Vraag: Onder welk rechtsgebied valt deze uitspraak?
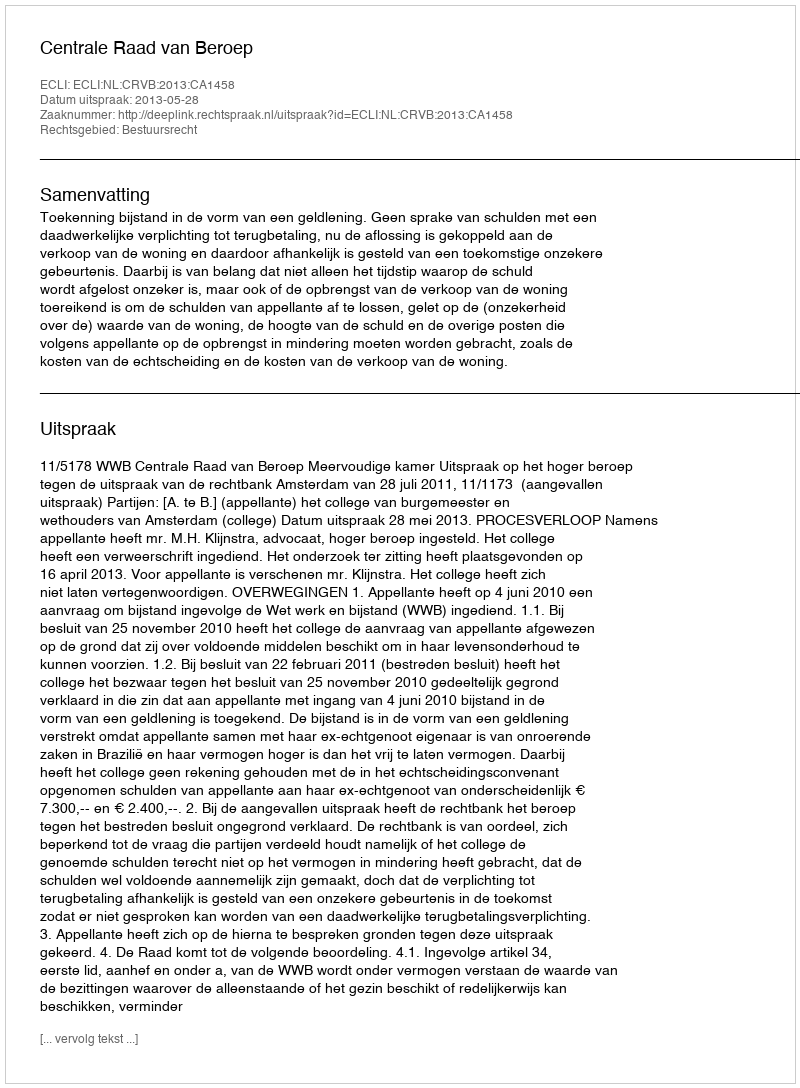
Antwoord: Bestuursrecht